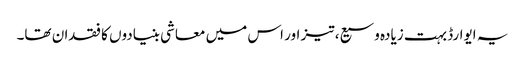
یہ ایوارڈ بہت زیادہ وسیع، تیز اور اس میں معاشی بنیادوں کا فقدان تھا۔